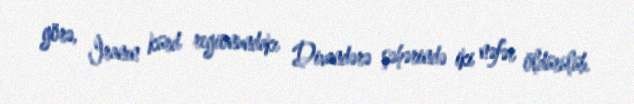
görə, İranın kürd regionundakı Divandərə şəhərində iki nəfər öldürülüb.